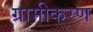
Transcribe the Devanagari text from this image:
ग्रामीकरण